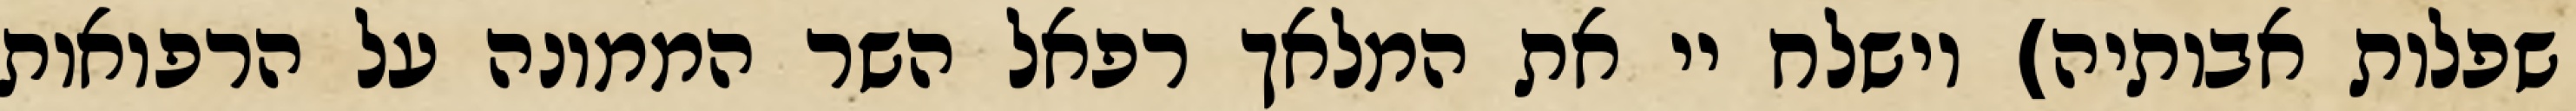
שפלות אבותיה) וישלח יי את המלאך רפאל השר הממונה על הרפואות